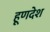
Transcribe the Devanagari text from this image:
हूणदेश